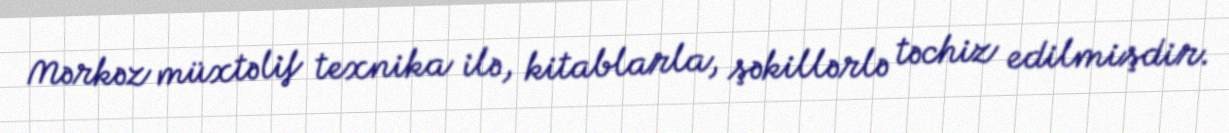
Mərkəz müxtəlif texnika ilə, kitablarla, şəkillərlə təchiz edilmişdir.